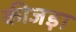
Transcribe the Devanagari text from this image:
कीजड़ा